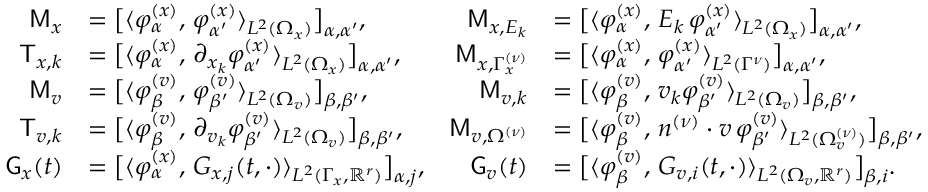
\begin{array} { r l r l } { \mathsf M _ { x } } & { = \big [ \langle \varphi _ { \alpha } ^ { ( x ) } , \, \varphi _ { \alpha ^ { \prime } } ^ { ( x ) } \rangle _ { L ^ { 2 } ( \Omega _ { x } ) } \big ] _ { \alpha , \alpha ^ { \prime } } , } & { \mathsf M _ { x , E _ { k } } } & { = \big [ \langle \varphi _ { \alpha } ^ { ( x ) } , \, E _ { k } \, \varphi _ { \alpha ^ { \prime } } ^ { ( x ) } \rangle _ { L ^ { 2 } ( \Omega _ { x } ) } \big ] _ { \alpha , \alpha ^ { \prime } } , } \\ { \mathsf T _ { x , k } } & { = \big [ \langle \varphi _ { \alpha } ^ { ( x ) } , \, \partial _ { x _ { k } } \varphi _ { \alpha ^ { \prime } } ^ { ( x ) } \rangle _ { L ^ { 2 } ( \Omega _ { x } ) } \big ] _ { \alpha , \alpha ^ { \prime } } , } & { \mathsf M _ { x , \Gamma _ { x } ^ { ( \nu ) } } } & { = \big [ \langle \varphi _ { \alpha } ^ { ( x ) } , \, \varphi _ { \alpha ^ { \prime } } ^ { ( x ) } \rangle _ { L ^ { 2 } ( \Gamma ^ { \nu } ) } \big ] _ { \alpha , \alpha ^ { \prime } } , } \\ { \mathsf M _ { v } } & { = \big [ \langle \varphi _ { \beta } ^ { ( v ) } , \, \varphi _ { \beta ^ { \prime } } ^ { ( v ) } \rangle _ { L ^ { 2 } ( \Omega _ { v } ) } \big ] _ { \beta , \beta ^ { \prime } } , } & { \mathsf M _ { v , k } } & { = \big [ \langle \varphi _ { \beta } ^ { ( v ) } , \, v _ { k } \varphi _ { \beta ^ { \prime } } ^ { ( v ) } \rangle _ { L ^ { 2 } ( \Omega _ { v } ) } \big ] _ { \beta , \beta ^ { \prime } } , } \\ { \mathsf T _ { v , k } } & { = \big [ \langle \varphi _ { \beta } ^ { ( v ) } , \, \partial _ { v _ { k } } \varphi _ { \beta ^ { \prime } } ^ { ( v ) } \rangle _ { L ^ { 2 } ( \Omega _ { v } ) } \big ] _ { \beta , \beta ^ { \prime } } , } & { \mathsf M _ { v , \Omega ^ { ( \nu ) } } } & { = \big [ \langle \varphi _ { \beta } ^ { ( v ) } , \, n ^ { ( \nu ) } \cdot v \, \varphi _ { \beta ^ { \prime } } ^ { ( v ) } \rangle _ { L ^ { 2 } ( \Omega _ { v } ^ { ( \nu ) } ) } \big ] _ { \beta , \beta ^ { \prime } } , } \\ { \mathsf G _ { x } ( t ) } & { = \big [ \langle \varphi _ { \alpha } ^ { ( x ) } , \, G _ { x , j } ( t , \cdot ) \rangle _ { L ^ { 2 } ( \Gamma _ { x } , \mathbb R ^ { r } ) } \big ] _ { \alpha , j } , } & { \mathsf G _ { v } ( t ) } & { = \big [ \langle \varphi _ { \beta } ^ { ( v ) } , \, G _ { v , i } ( t , \cdot ) \rangle _ { L ^ { 2 } ( \Omega _ { v } , \mathbb R ^ { r } ) } \big ] _ { \beta , i } . } \end{array}